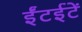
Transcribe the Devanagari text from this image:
ईंटईटें